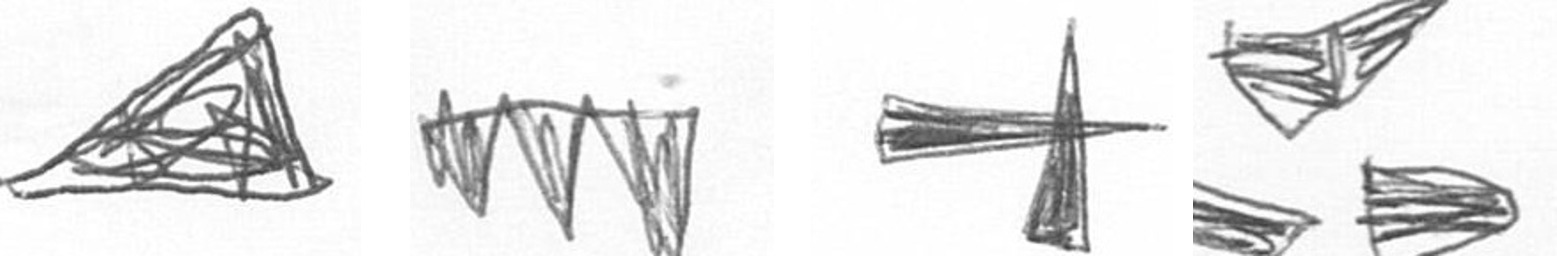
O L G B